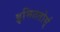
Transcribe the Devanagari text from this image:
इमिततोर्स्